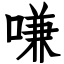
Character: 嗛